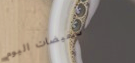
تخفيضات اليوم